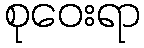
စုဝေးရာ